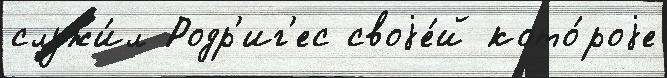
служи́л Родр'иг'ес своjе́й кото́роjе